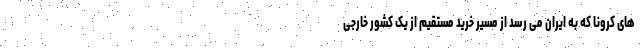
های کرونا که به ایران می رسد از مسیر خرید مستقیم از یک کشور خارجی